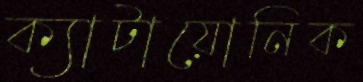
ক্যাটায়োনিক